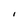
Character: I